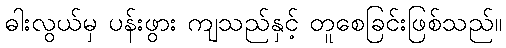
ဓါးလွယ်မှ ပန်းဖွား ကျသည်နှင့် တူစေခြင်းဖြစ်သည်။